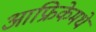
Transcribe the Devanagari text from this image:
आफ्रिकेमधे